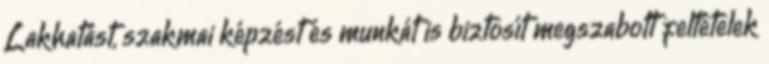
Lakhatást, szakmai képzést és munkát is biztosít megszabott feltételek